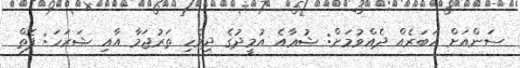
ސަންއަށް ޚަބަރެއް ދެއްވުމަށް: ޝުޢާއެ އުމީދުގެ ދިވެހި ތަރުޖަމާ އާއި ޝަރަހަ: ފޮތް